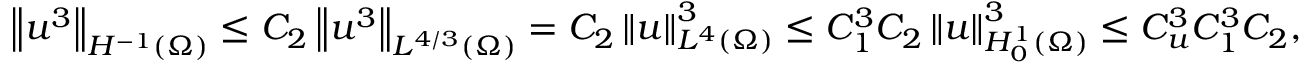
\left\Vert u ^ { 3 } \right\Vert _ { H ^ { - 1 } ( \Omega ) } \leq C _ { 2 } \left\Vert u ^ { 3 } \right\Vert _ { L ^ { 4 / 3 } ( \Omega ) } = C _ { 2 } \left\Vert u \right\Vert _ { L ^ { 4 } ( \Omega ) } ^ { 3 } \leq C _ { 1 } ^ { 3 } C _ { 2 } \left\Vert u \right\Vert _ { H _ { 0 } ^ { 1 } ( \Omega ) } ^ { 3 } \leq C _ { u } ^ { 3 } C _ { 1 } ^ { 3 } C _ { 2 } ,